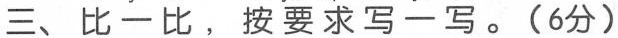
三、比一比，按要求写二写。（6分）